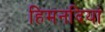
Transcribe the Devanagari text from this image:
हिमनदियां